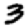
Digit: 3